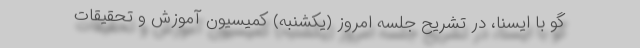
گو با ایسنا، در تشریح جلسه امروز (یکشنبه) کمیسیون آموزش و تحقیقات